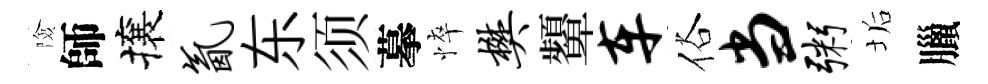
險師攘氤东须摹悴樊顰车俗当粥垢臘